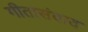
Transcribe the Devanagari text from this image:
गीतासंवाद